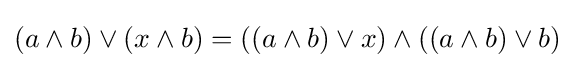
(a\wedge b)\vee (x\wedge b)=((a\wedge b)\vee x)\wedge ((a\wedge b)\vee b)